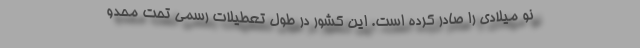
نو میلادی را صادر کرده است. این کشور در طول تعطیلات رسمی تحت محدو